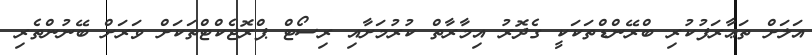
އަލަށް ތަޢާރަފުކުރި ބްރޭންޑްތަކަކީ ގެދޮރު އިމާރާތް ކުރުމަށާއި ރިސޯޓް ޕްރޮޖެކްޓްތަކަށް ވަރަށް ބޭނުންތެރި